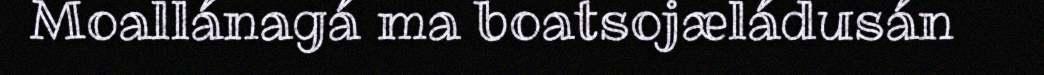
Moallánagá ma boatsojæládusán